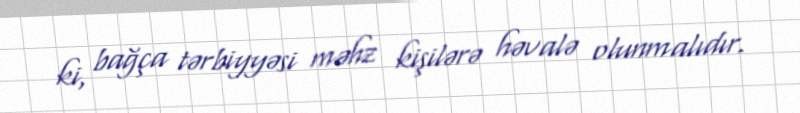
ki, bağça tərbiyyəsi məhz kişilərə həvalə olunmalıdır.